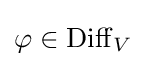
\varphi \in \operatorname {Diff} _{V}